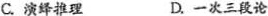
C.演绎推理 D.一次三段论